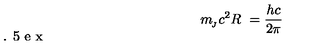
m _ { \! _ { J } } c ^ { 2 } R \ = \frac { h c } { 2 \pi } \vspace { - 1 . 5 e x }